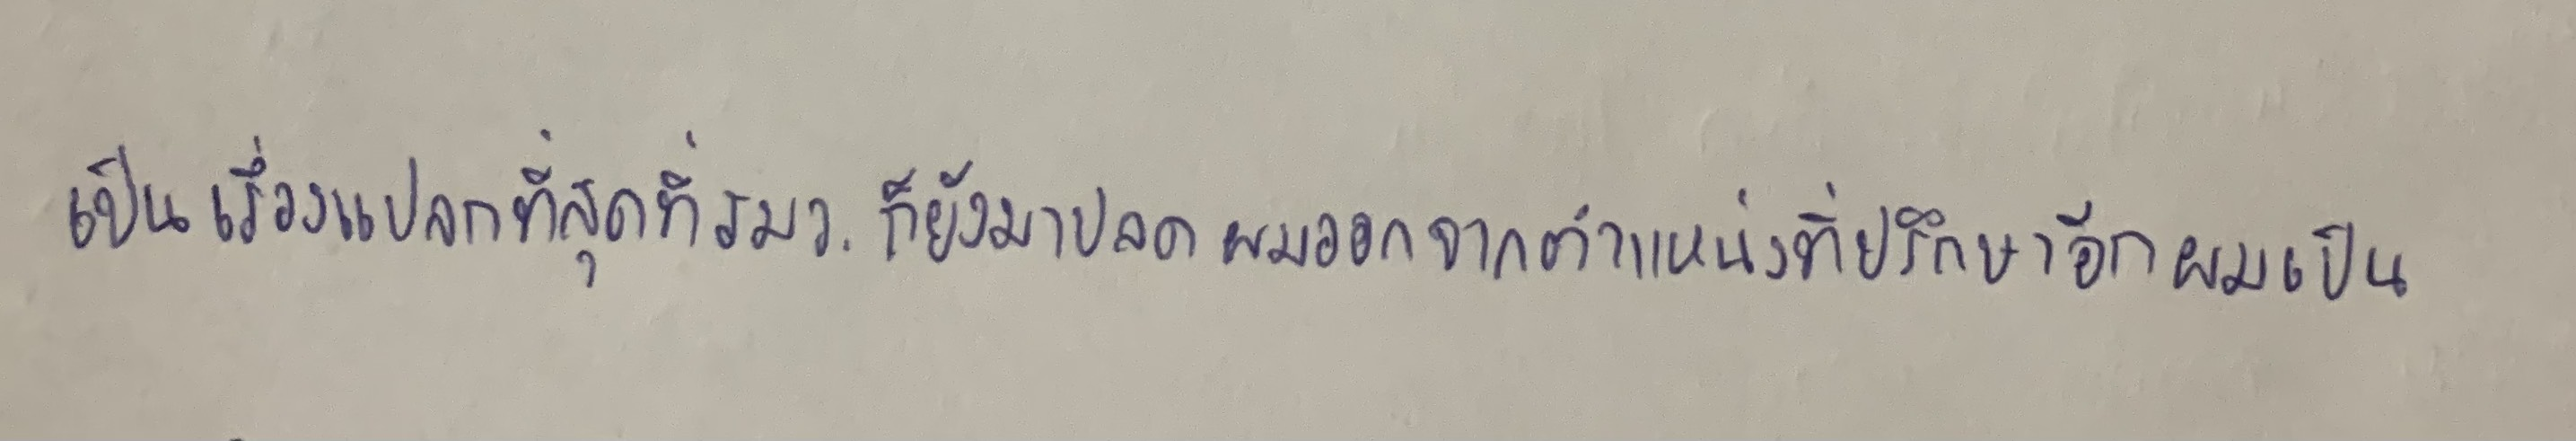
"เป็นเรื่องแปลกที่สุดที่รมว.ก็ยังมาปลดผมออกจากตำแหน่งที่ปรึกษาอีกผมเป็น